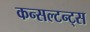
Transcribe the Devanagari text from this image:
कन्सल्टन्ट्स